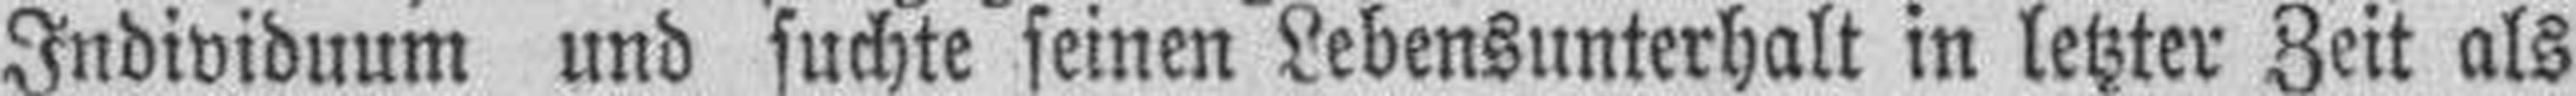
Individuum und suchte seinen Lebensunterhalt in letzter Zeit als